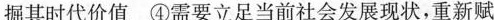
掘其时代价值 ④需要立足当前社会发展现状，重新赋